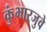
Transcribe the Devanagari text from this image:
कुंभारजुवे